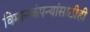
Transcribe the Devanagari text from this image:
विमानकंपन्यांसाठीही